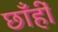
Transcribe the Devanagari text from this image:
छाँहीं